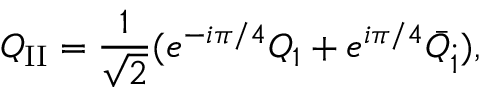
Q _ { \mathrm { I I } } = \frac { 1 } { \sqrt { 2 } } ( e ^ { - i \pi / 4 } Q _ { 1 } + e ^ { i \pi / 4 } \bar { Q } _ { \dot { 1 } } ) ,